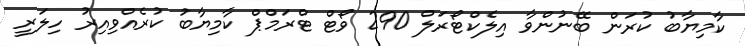
ކާމިޔާބު ކުރަން ބޭނުންވާ އިލެކްޓޯރަލް 290 ވޯޓް ޓްރަމްޕް ކާމިޔާބު ކުރެއްވިއިރު ހިލަރީ